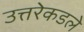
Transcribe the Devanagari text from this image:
उत्तरेकडले